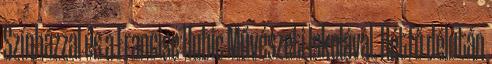
Színházzal és a Francisc Hubic Művészeti Iskolával. Hétfő délután